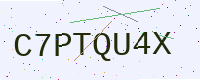
Text: C7PTQU4X